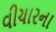
વીચારના